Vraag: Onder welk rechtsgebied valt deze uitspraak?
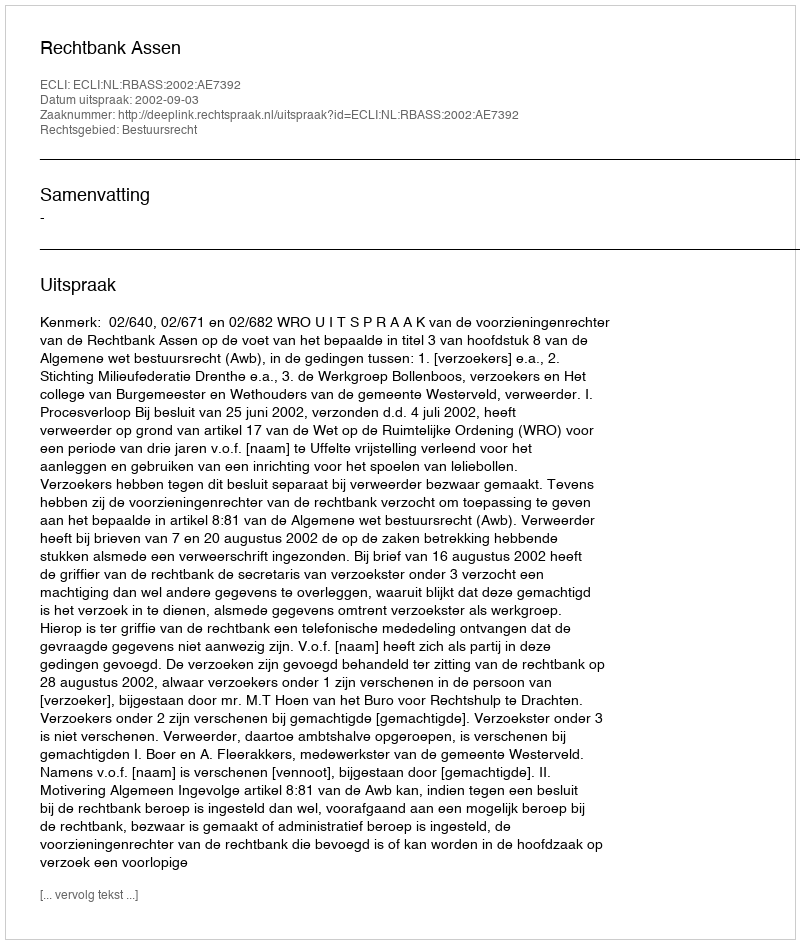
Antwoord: Bestuursrecht